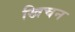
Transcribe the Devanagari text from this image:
खिचन